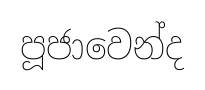
පූජාවෙන්ද